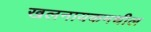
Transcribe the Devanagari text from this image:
खलनायकमधील